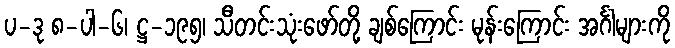
ပ-ဒု ၈-ပါ-၆၊ ဋ္ဌ-၁၉၅၊ သီတင်းသုံးဖော်တို့ ချစ်ကြောင်း မုန်းကြောင်း အင်္ဂါများကို